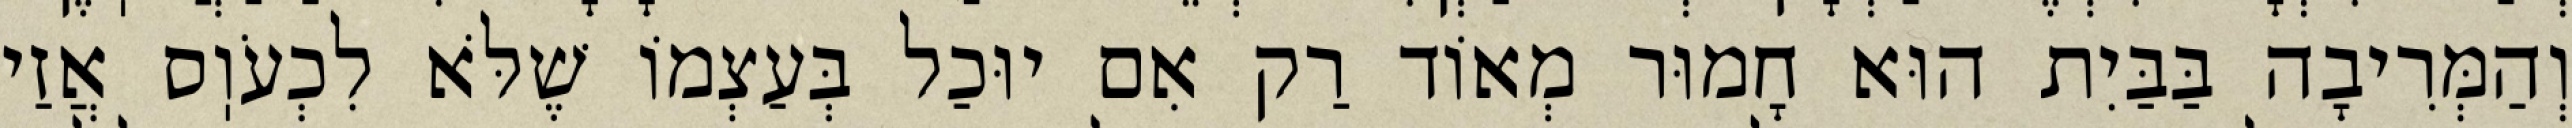
וְהַמְּרִיבָה בַּבַּיִת הוּא חָמוּר מְאוֹד רַק אִם יוּכַל בְּעַצְמוֹ שֶׁלֹּא לִכְעֹוֽס אֲזַי